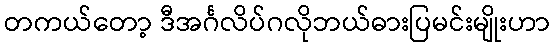
တကယ်တော့ ဒီအင်္ဂလိပ်ဂလိုဘယ်ဓားပြမင်းမျိုးဟာ